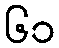
၆၁